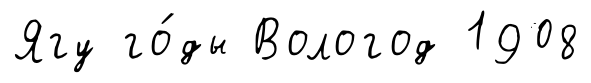
Ягу го́ды Вологод 1908